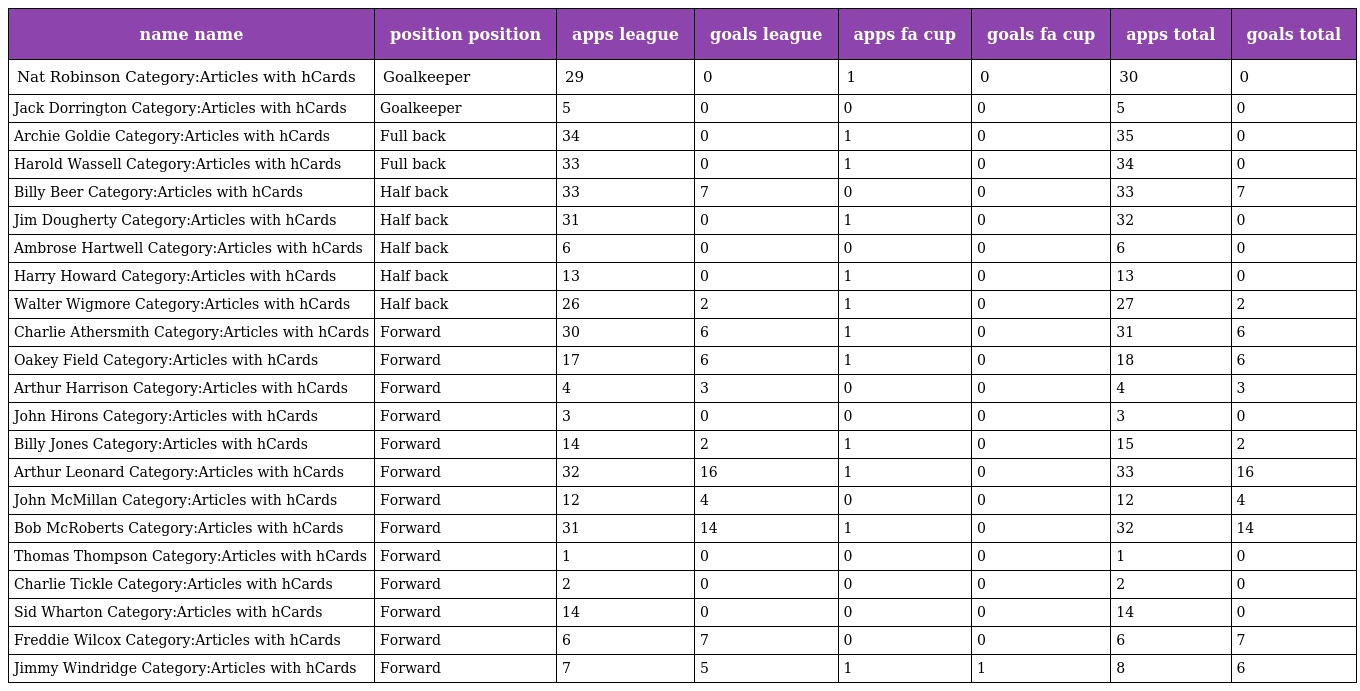
| name name | position position | apps league | goals league | apps fa cup | goals fa cup | apps total | goals total |
 | --- | --- | --- | --- | --- | --- | --- | --- |
 | Nat Robinson Category:Articles with hCards | Goalkeeper | 29 | 0 | 1 | 0 | 30 | 0 |
 | Jack Dorrington Category:Articles with hCards | Goalkeeper | 5 | 0 | 0 | 0 | 5 | 0 |
 | Archie Goldie Category:Articles with hCards | Full back | 34 | 0 | 1 | 0 | 35 | 0 |
 | Harold Wassell Category:Articles with hCards | Full back | 33 | 0 | 1 | 0 | 34 | 0 |
 | Billy Beer Category:Articles with hCards | Half back | 33 | 7 | 0 | 0 | 33 | 7 |
 | Jim Dougherty Category:Articles with hCards | Half back | 31 | 0 | 1 | 0 | 32 | 0 |
 | Ambrose Hartwell Category:Articles with hCards | Half back | 6 | 0 | 0 | 0 | 6 | 0 |
 | Harry Howard Category:Articles with hCards | Half back | 13 | 0 | 1 | 0 | 13 | 0 |
 | Walter Wigmore Category:Articles with hCards | Half back | 26 | 2 | 1 | 0 | 27 | 2 |
 | Charlie Athersmith Category:Articles with hCards | Forward | 30 | 6 | 1 | 0 | 31 | 6 |
 | Oakey Field Category:Articles with hCards | Forward | 17 | 6 | 1 | 0 | 18 | 6 |
 | Arthur Harrison Category:Articles with hCards | Forward | 4 | 3 | 0 | 0 | 4 | 3 |
 | John Hirons Category:Articles with hCards | Forward | 3 | 0 | 0 | 0 | 3 | 0 |
 | Billy Jones Category:Articles with hCards | Forward | 14 | 2 | 1 | 0 | 15 | 2 |
 | Arthur Leonard Category:Articles with hCards | Forward | 32 | 16 | 1 | 0 | 33 | 16 |
 | John McMillan Category:Articles with hCards | Forward | 12 | 4 | 0 | 0 | 12 | 4 |
 | Bob McRoberts Category:Articles with hCards | Forward | 31 | 14 | 1 | 0 | 32 | 14 |
 | Thomas Thompson Category:Articles with hCards | Forward | 1 | 0 | 0 | 0 | 1 | 0 |
 | Charlie Tickle Category:Articles with hCards | Forward | 2 | 0 | 0 | 0 | 2 | 0 |
 | Sid Wharton Category:Articles with hCards | Forward | 14 | 0 | 0 | 0 | 14 | 0 |
 | Freddie Wilcox Category:Articles with hCards | Forward | 6 | 7 | 0 | 0 | 6 | 7 |
 | Jimmy Windridge Category:Articles with hCards | Forward | 7 | 5 | 1 | 1 | 8 | 6 |